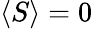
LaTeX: \langle S\rangle=0